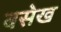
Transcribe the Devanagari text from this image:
बसेख